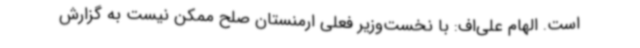
است. الهام علی‌اف: با نخست‌وزیر فعلی ارمنستان صلح ممکن نیست به گزارش